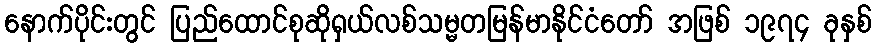
နောက်ပိုင်းတွင် ပြည်ထောင်စုဆိုရှယ်လစ်သမ္မတမြန်မာနိုင်ငံတော် အဖြစ် ၁၉၇၄ ခုနှစ်